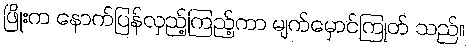
ဖြိုးက နောက်ပြန်လှည့်ကြည့်ကာ မျက်မှောင်ကြုတ် သည်။